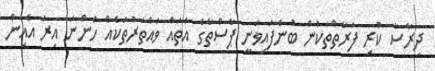
ދިރާސާ ކުރި ފަރާތްތަކުން ބުނެފައިވަނީ ޕާސްތާގެ އެތައް ވައްތަރުތަކެއް ހުންނަ އިރު އެއިން